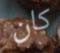
كان